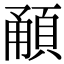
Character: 𩒼